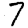
Digit: 7